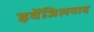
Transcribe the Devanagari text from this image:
इवेंजिलवाद